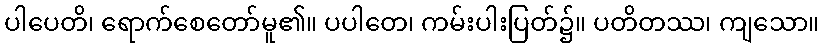
ပါပေတိ၊ ရောက်စေတော်မူ၏။ ပပါတေ၊ ကမ်းပါးပြတ်၌။ ပတိတဿ၊ ကျသော။